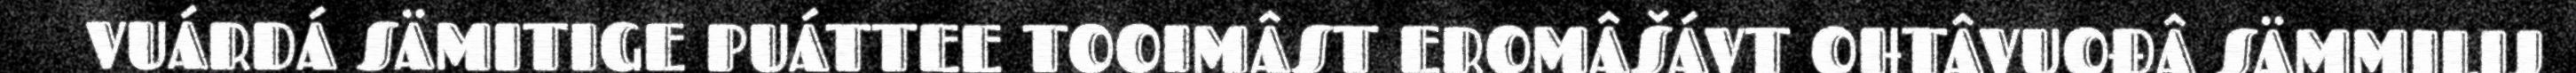
VUÁRDÁ SÄMITIGE PUÁTTEE TOOIMÂST EROMÂŠÁVT OHTÂVUOĐÂ SÄMMILIJ